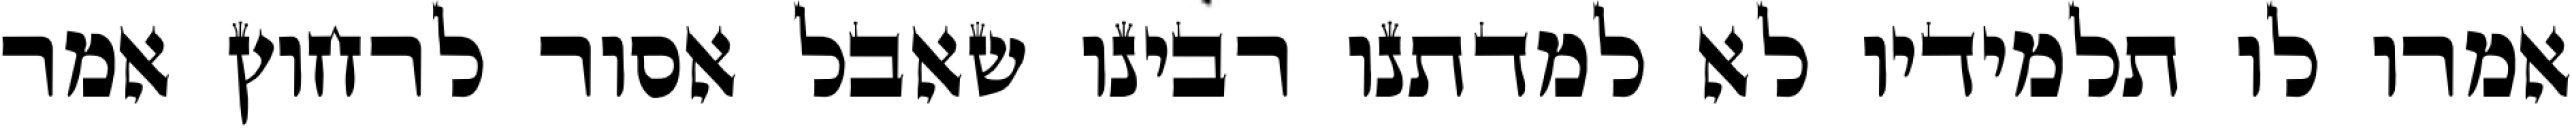
אמרו לו תלמידיו לא למדתנו רבינו שאבל אסור לרחוץ אמר